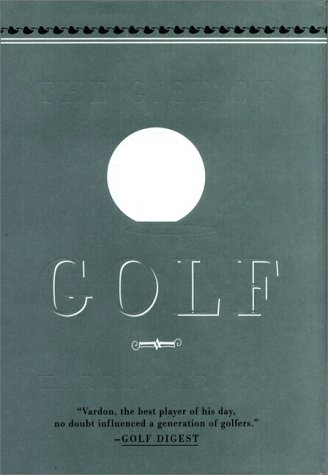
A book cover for The Gist of Golf; Harry Vardon; Sports & Outdoors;